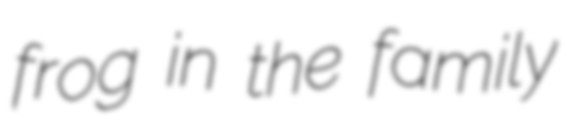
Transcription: frog in the family